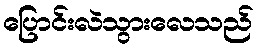
ပြောင်းလဲသွားလေသည်